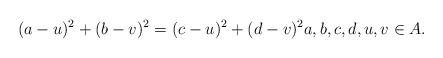
LaTeX: \begin{align*} (a-u)^2+(b-v)^2 =(c-u)^2+(d-v)^2a,b,c,d,u,v\in A. \end{align*}